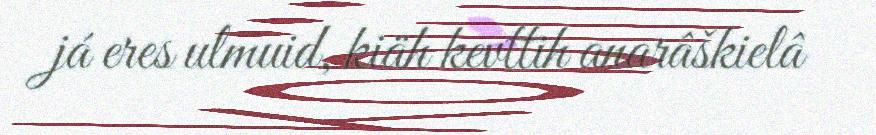
já eres ulmuid, kiäh kevttih anarâškielâ